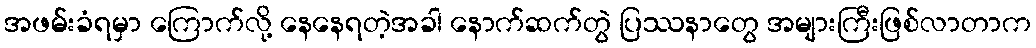
အဖမ်းခံရမှာ ကြောက်လို့ နေနေရတဲ့အခါ နောက်ဆက်တွဲ ပြဿနာတွေ အများကြီးဖြစ်လာတာက